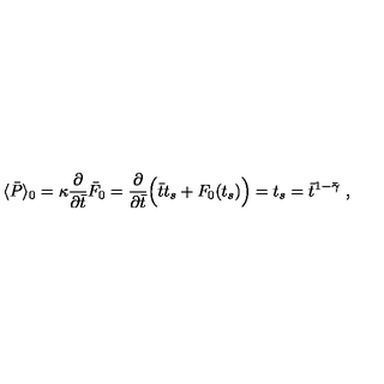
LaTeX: \langle \bar { P } \rangle _ { 0 } = \kappa { \frac { \partial } { \partial \bar { t } } } \bar { F } _ { 0 } = { \frac { \partial } { \partial \bar { t } } } \Bigl ( \bar { t } t _ { s } + F _ { 0 } ( t _ { s } ) \Bigr ) = t _ { s } = \bar { t } ^ { 1 - \bar { \gamma } } \ ,